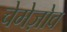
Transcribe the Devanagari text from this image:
चेमेज़ोव